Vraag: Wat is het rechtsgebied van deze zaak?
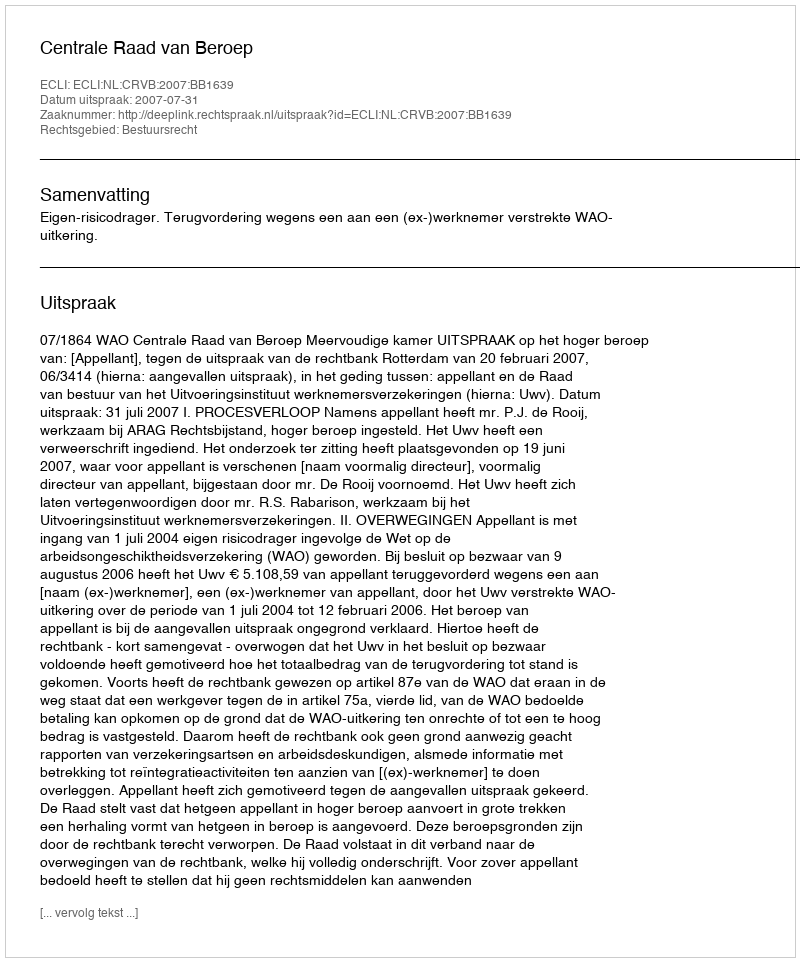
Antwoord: Bestuursrecht